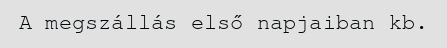
A megszállás első napjaiban kb.